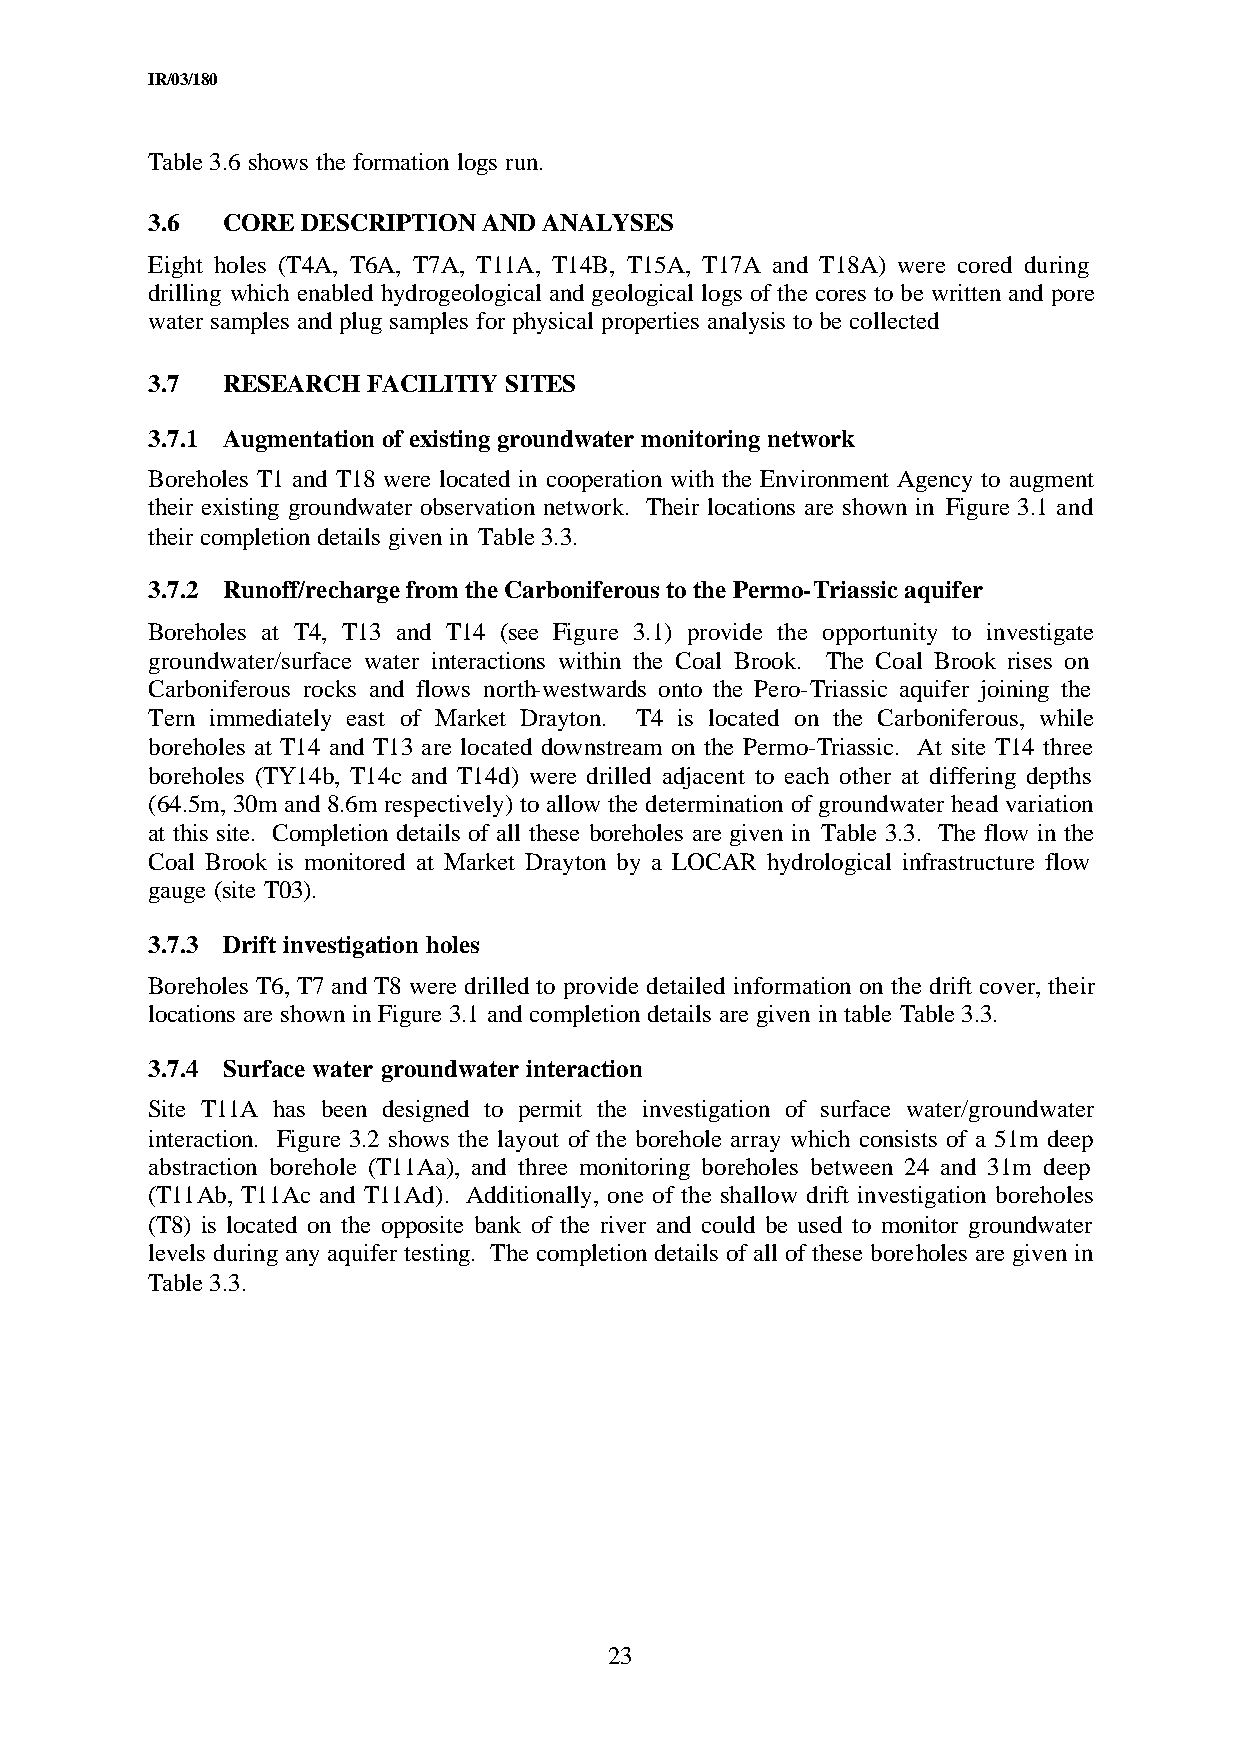
IR/03/180
 Table 3.6 shows the formation logs run.
 3.6  CORE DESCRIPTION AND ANALYSES
 Eight holes (T4A, T6A, T7A, T11A, T14B, T15A, T17A and T18A) were cored during
 drilling which enabled hydrogeological and geological logs of the cores to be written and pore
 water samples and plug samples for physical properties analysis to be collected
 3.7  RESEARCH FACILITIY SITES
 3.7.1 Augmentation of existing groundwater monitoring network
 Boreholes T1 and T18 were located in cooperation with the Environment Agency to augment
 their existing groundwater observation network. Their locations are shown in Figure 3.1 and
 their completion details given in Table 3.3.
 3.7.2 Runoff/recharge from the Carboniferous to the Permo-Triassic aquifer
 Boreholes at T4, T13 and T14 (see Figure 3.1) provide the opportunity to investigate
 groundwater/surface water interactions within the Coal Brook. The Coal Brook rises on
 Carboniferous rocks and flows north-westwards onto the Pero-Triassic aquifer joining the
 Tern immediately east of Market Drayton. T4 is located on the Carboniferous, while
 boreholes at T14 and T13 are located downstream on the Permo-Triassic. At site T14 three
 boreholes (TY14b, T14c and T14d) were drilled adjacent to each other at differing depths
 (64.5m, 30m and 8.6m respectively) to allow the determination of groundwater head variation
 at this site. Completion details of all these boreholes are given in Table 3.3. The flow in the
 Coal Brook is monitored at Market Drayton by a LOCAR hydrological infrastructure flow
 gauge (site T03).
 3.7.3 Drift investigation holes
 Boreholes T6, T7 and T8 were drilled to provide detailed information on the drift cover, their
 locations are shown in Figure 3.1 and completion details are given in table Table 3.3.
 3.7.4 Surface water groundwater interaction
 Site T11A has been designed to permit the investigation of surface water/groundwater
 interaction. Figure 3.2 shows the layout of the borehole array which consists of a 51m deep
 abstraction borehole (T11Aa), and three monitoring boreholes between 24 and 31m deep
 (T11Ab, T11Ac and T11Ad). Additionally, one of the shallow drift investigation boreholes
 (T8) is located on the opposite bank of the river and could be used to monitor groundwater
 levels during any aquifer testing. The completion details of all of these boreholes are given in
 Table 3.3.
 23